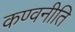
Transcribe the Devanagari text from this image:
कण्वनीति